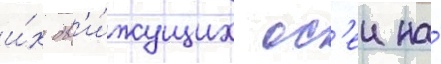
и́х дв'и́жущих ос'еи на́